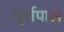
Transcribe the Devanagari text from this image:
पूर्णपाल